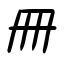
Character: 冊